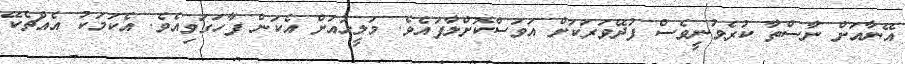
އޭނާއަށް ނާސްތާ ކުރެވުނީވެސް ފުދޭވަރަކަށް އަވަސްކޮށްލާފައެވެ. މަލީހުއަށް އެކަން ފާހަގަވިއެވެ. އެކަމަކު އެއްޗެކޭ